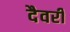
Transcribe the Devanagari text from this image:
दैवरी